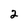
Character: 2